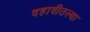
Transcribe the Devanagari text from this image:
दहावीतल्या